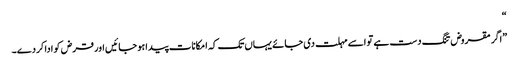
“
”اگر مقروض تنگ دست ہے تو اسے مہلت دی جائے یہاں تک کہ امکانات پیدا ہو جائیں اور قرض کو ادا کردے۔